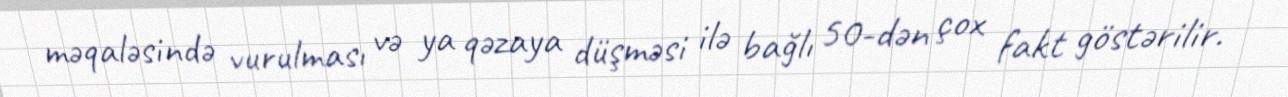
məqaləsində vurulması və ya qəzaya düşməsi ilə bağlı 50-dən çox fakt göstərilir.